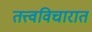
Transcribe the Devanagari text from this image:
तत्त्वविचारात